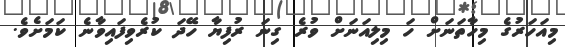
މިއަހަރުގެ މިހާތަނަށް ހަ މިލިއަނަށް ވުރެ ގިނަ ރުފިޔާ ހޭދަ ކުރެވިފައިވާނެ ކަމަށެވެ.